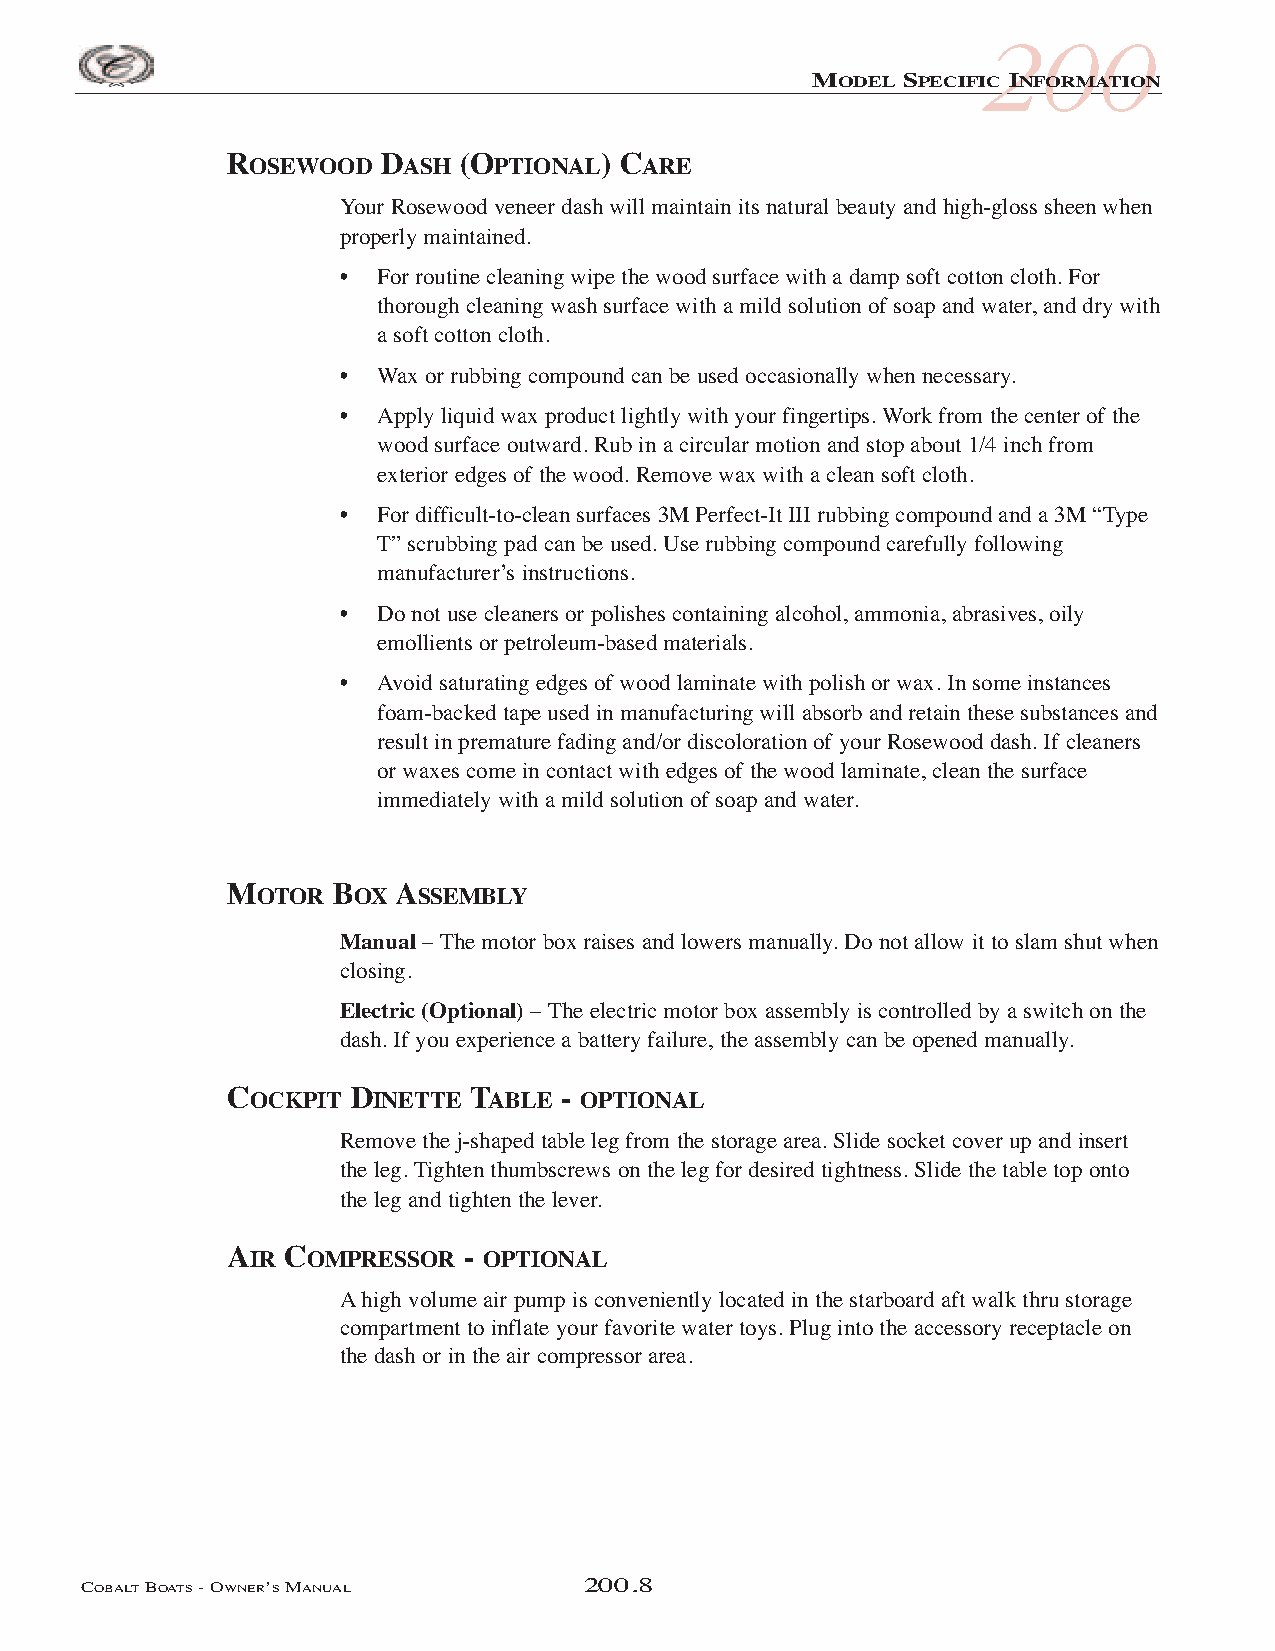
200
 MODEL SPECIFIC INFORMATION
 ROSEWOOD  DASH (OPTIONAL) CARE
 Your Rosewood veneer dash will maintain its natural beauty and high-gloss sheen when
 properly maintained.
 •  For routine cleaning wipe the wood surface with a damp soft cotton cloth. For
 thorough cleaning wash surface with a mild solution of soap and water, and dry with
 a soft cotton cloth.
 •  Wax or rubbing compound can be used occasionally when necessary.
 •  Apply liquid wax product lightly with your fingertips. Work from the center of the
 wood surface outward. Rub in a circular motion and stop about 1/4 inch from
 exterior edges of the wood. Remove wax with a clean soft cloth.
 •  For difficult-to-clean surfaces 3M Perfect-It III rubbing compound and a 3M “Type
 T” scrubbing pad can be used. Use rubbing compound carefully following
 manufacturer’s instructions.
 •  Do not use cleaners or polishes containing alcohol, ammonia, abrasives, oily
 emollients or petroleum-based materials.
 •  Avoid saturating edges of wood laminate with polish or wax. In some instances
 foam-backed tape used in manufacturing will absorb and retain these substances and
 result in premature fading and/or discoloration of your Rosewood dash. If cleaners
 or waxes come in contact with edges of the wood laminate, clean the surface
 immediately with a mild solution of soap and water.
 MOTOR  BOX ASSEMBLY
 Manual – The motor box raises and lowers manually. Do not allow it to slam shut when
 closing.
 Electric (Optional) – The electric motor box assembly is controlled by a switch on the
 dash. If you experience a battery failure, the assembly can be opened manually.
 COCKPIT DINETTE TABLE - OPTIONAL
 Remove the j-shaped table leg from the storage area. Slide socket cover up and insert
 the leg. Tighten thumbscrews on the leg for desired tightness. Slide the table top onto
 the leg and tighten the lever.
 AIR COMPRESSOR  - OPTIONAL
 Ahigh volume air pump is conveniently located in the starboard aft walk thru storage
 compartment to inflate your favorite water toys. Plug into the accessory receptacle on
 the dash or in the air compressor area.
 COBALTBOATS- OWNER’SMANUAL        200.8